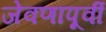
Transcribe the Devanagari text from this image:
जेवणापूर्वी